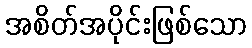
အစိတ်အပိုင်းဖြစ်သော